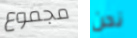
مجموع نحن